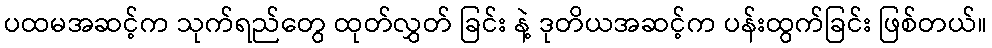
ပထမအဆင့်က သုက်ရည်တွေ ထုတ်လွှတ် ခြင်း နဲ့ ဒုတိယအဆင့်က ပန်းထွက်ခြင်း ဖြစ်တယ်။